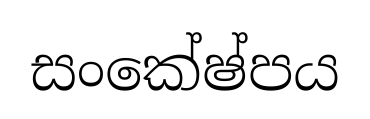
සංකේෂ්පය